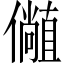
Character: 𫤁